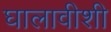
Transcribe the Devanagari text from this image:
घालावीशी